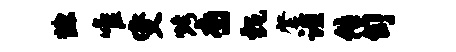
慷唯燮烤裔甄綮谨传旬